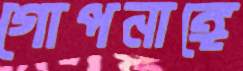
গোপনাঙ্গে